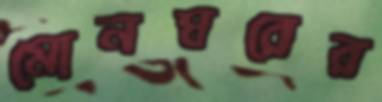
মোনঘরের